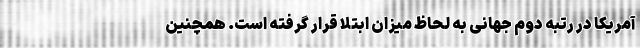
آمریکا در رتبه دوم جهانی به لحاظ میزان ابتلا قرار گرفته است. همچنین